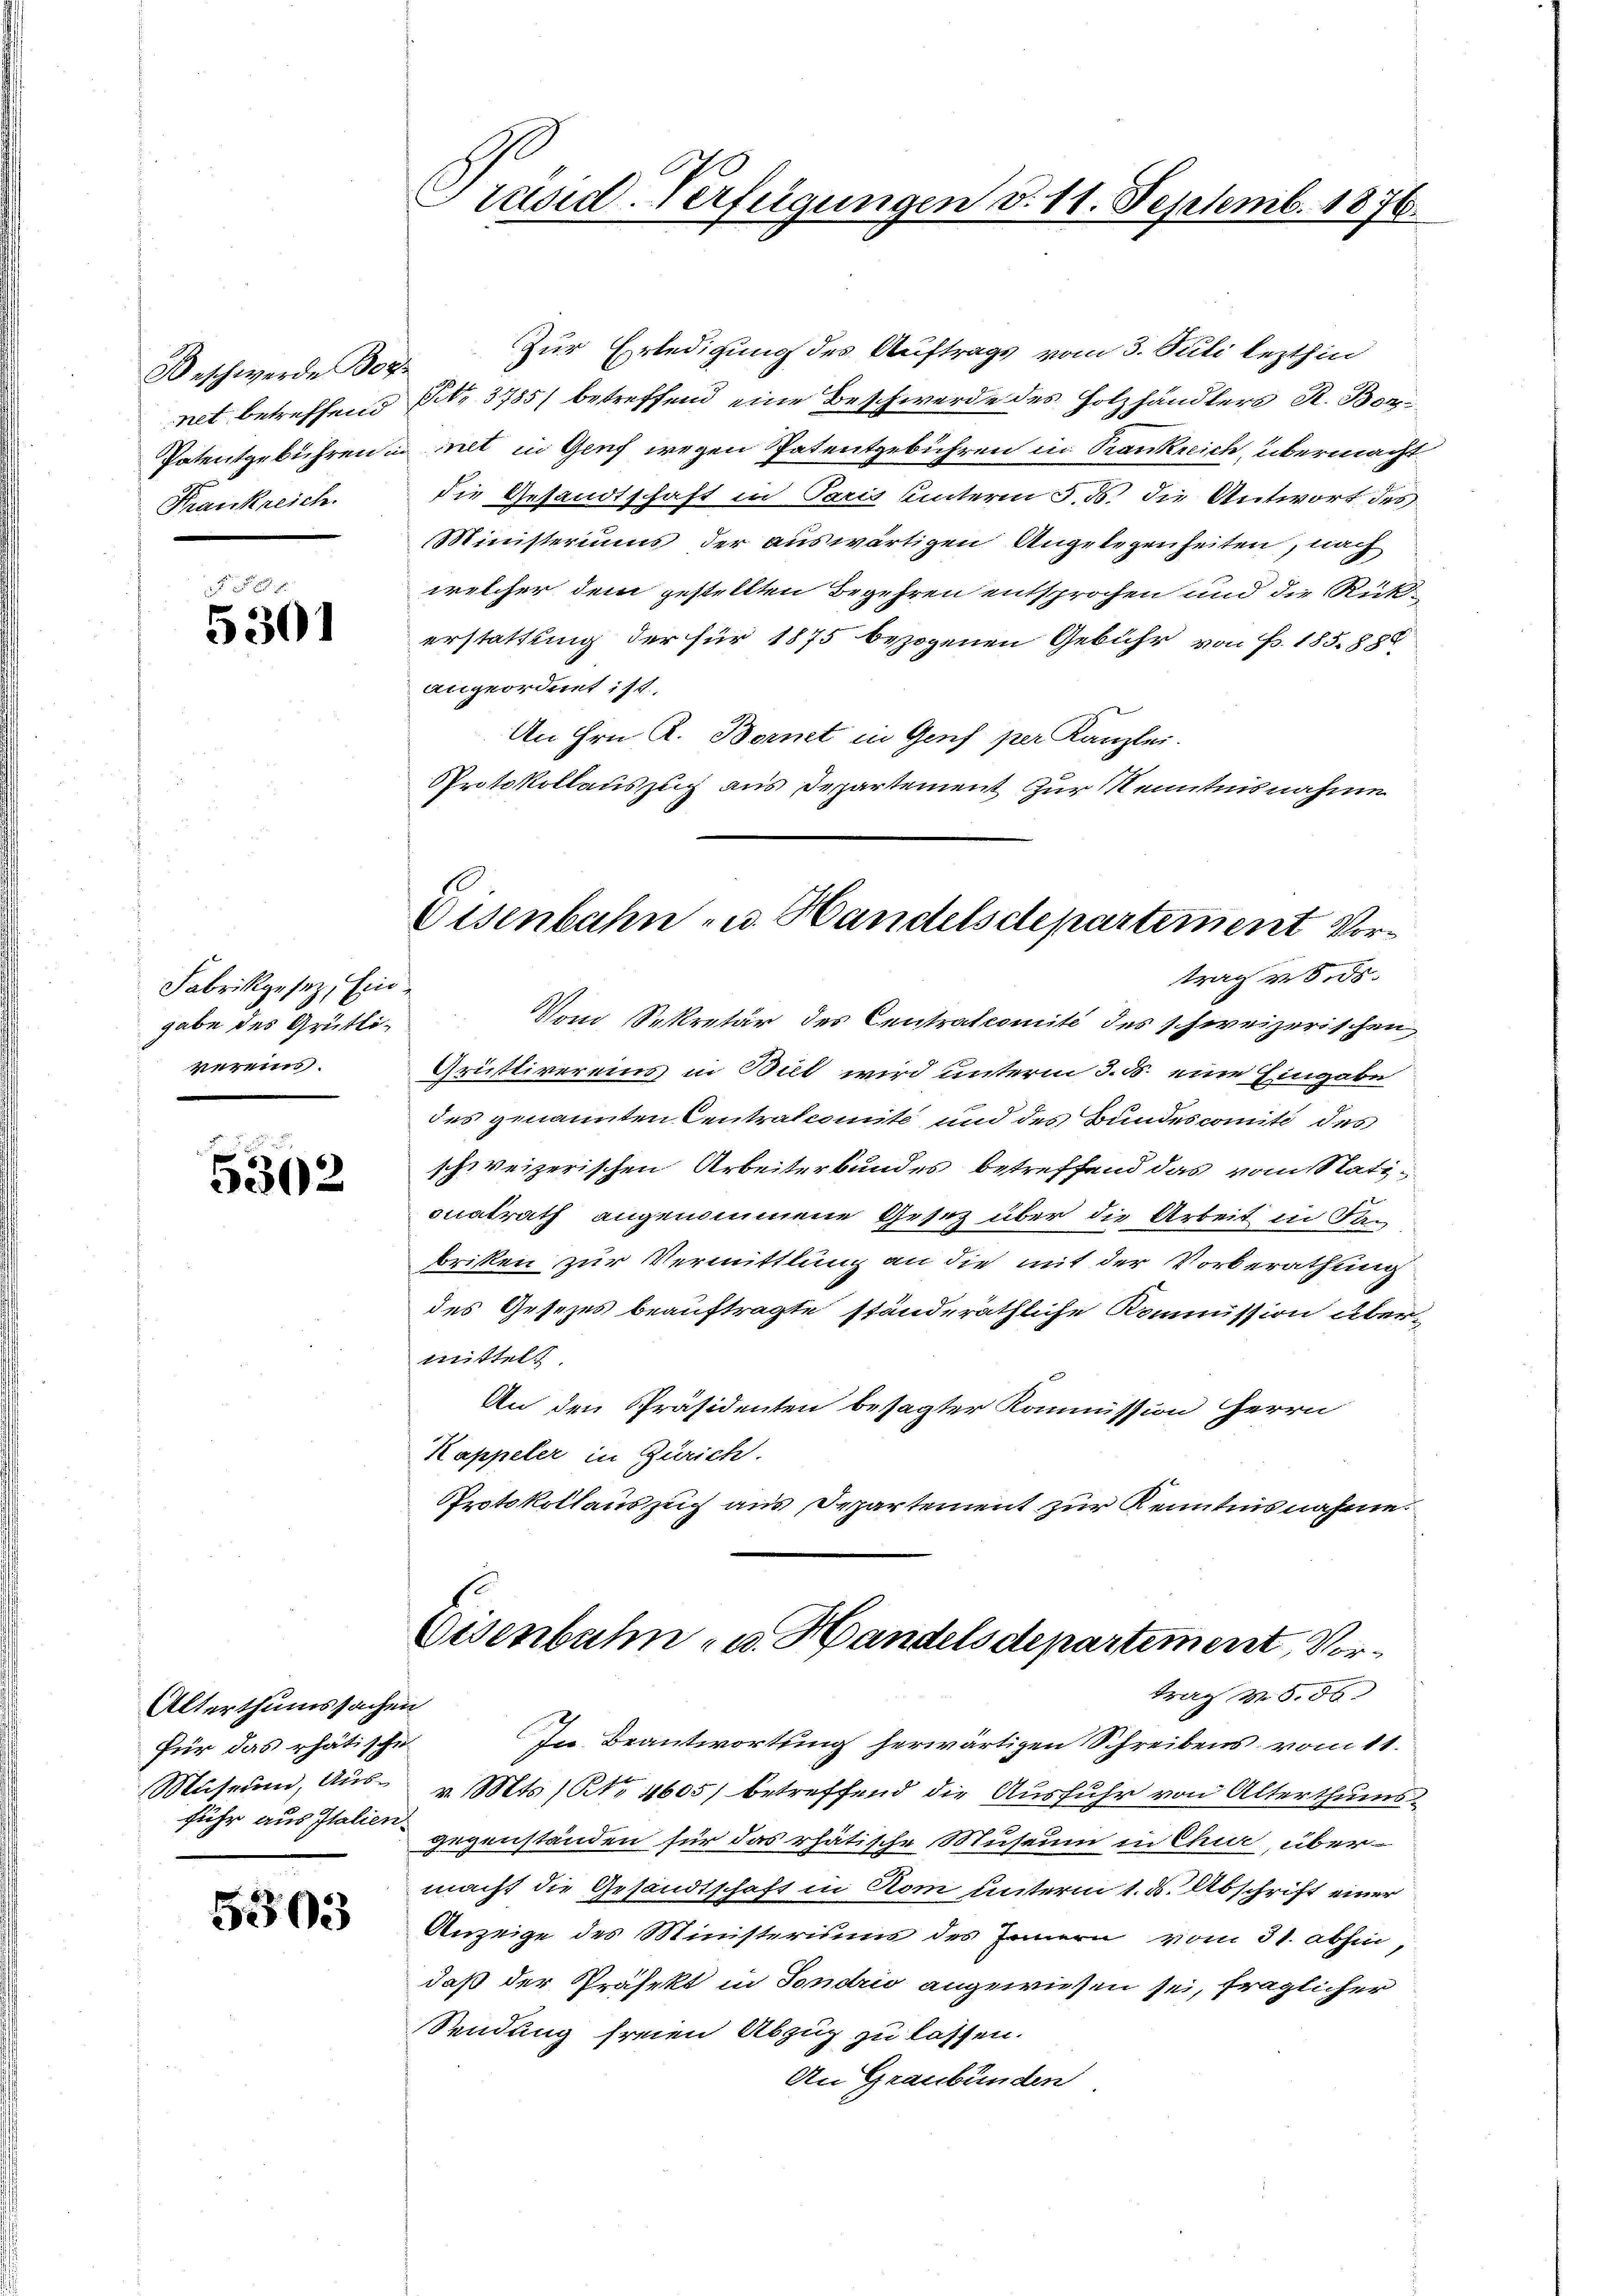
Beschwerde Bo
Frankreich.

2 x
5301

Fabrikgesez Eingabe des Grütlivereins.

5302

Alterthumssachen
für das rhatische
fuhr aus Italien

5303

A
Crusid-Verfügungen d. 11. Septemb. 1876.

Zur Erledigung des Auftrags vom 3. Juli lezthin
net betreffend St. 3785) betreffend eine Beschwerde des Holzhändlers R. Bor¬
Patentgebühren in mit in Genf wegen Patentgebühren in Krankreich, übermacht
die Gesandtschaft in Paris hinterm 3. ds. die Antwort des
Ministeriums der auswärtigen Angelegenheiten, nach
welcher dem gestellten Begehren entsprochen und die Rückerstattung der für 1875 bezogenen Gebühr von Fr. 185. 888
angeordnet ist.
An Hrn. R. Bernet in Genf per Kanzlei.
Protokollauszug aus Departement zur Kenntnisnahme

Eisenbahn- u. Handelsdepartement Vor¬

trag u. ds.
Vom Sekretär des Centralcomité des schweizerischen
Grüstivereins in Biel wird unterm 3. d. eine Eingabe
des genannten Centralcomite und des Bundescomité des
schweizerischen Arbeiterbundes betreffend das vom Stationatrath angenommene Gesetz über die Arbeit in dan
briken zur Vermittlung an die mit der Vorberathung
des Gesezes beauftragte ständeräthliche Kommission über-
mittels
An den Präsidenten besagter Kommission Herrn
Kappeler in Zürich.
Protokollauszug aus Departement zur Kenntnisnahme

Eisenbahn- u. Handelsdepartement, Vortrag M. S. 86. |

In Beantwortung herwärtigen Schreibens vom 11.
Museum, Aus- v. Mts. ) No 4605) betreffend die Ausfuhr von Alterthums
gegenständen für das rhätische Museum in Chur, übermacht die Gesandtschaft in Rom unterm 1. d. Abschrift einer
Anzeige des Ministerisius des Innern vom 31. abhin,
daß der Präfekt in Fondrio angewiesen sei, fraglicher
Sendung freien Abzug zu lassen.
An Graubünden